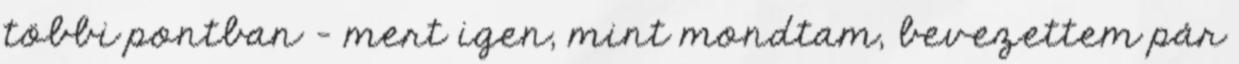
többi pontban - mert igen, mint mondtam, bevezettem pár